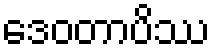
ဒေဝတာပိဿ